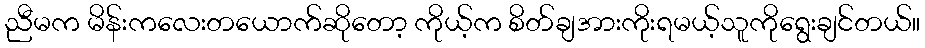
ညီမက မိန်းကလေးတယောက်ဆိုတော့ ကိုယ့်က စိတ်ချအားကိုးရမယ့်သူကိုရွေးချင်တယ်။